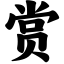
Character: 赏